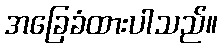
အခြေခံထားပါသည်။